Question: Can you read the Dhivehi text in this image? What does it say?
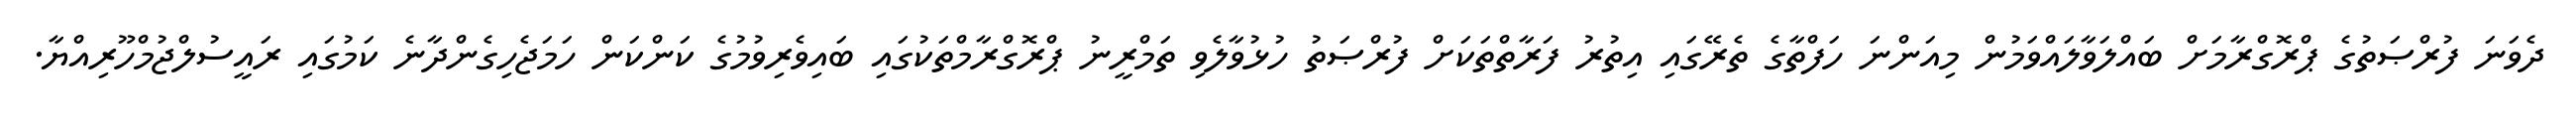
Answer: ދެވަނަ ފުރްޞަތުގެ ޕްރޮގްރާމަށް ބައްލަވާލައްވަމުން މިއަންނަ ހަފްތާގެ ތެރޭގައި އިތުރު ފަރާތްތަކަށް ފުރްޞަތު ހުޅުވާލެވި ތަމްރީނު ޕްރޮގްރާމްތަކުގައި ބައިވެރިވުމުގެ ކަންކަން ހަމަޖެހިގެންދާނެ ކަމުގައި ރައީސުލްޖުމްހޫރިއްޔާ.